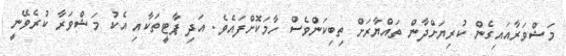
މަޝްވަރާއައިގެން ކުރިޔަށްދާން ތައްޔާރަށް ތިބިކަންވެސް ހާމަކޮށްފައެވެ. އަދި ޕާޓީތަކާއި އެކު މަޝްވަރާ ކުރެވޭނީ